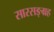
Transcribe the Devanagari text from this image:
सारसङ्ग्रह